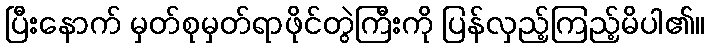
ပြီးနောက် မှတ်စုမှတ်ရာဖိုင်တွဲကြီးကို ပြန်လှည့်ကြည့်မိပါ၏။